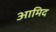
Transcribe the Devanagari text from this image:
आमिद